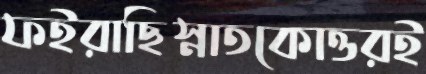
ফইরাছিস্নাতকোত্তরই